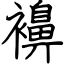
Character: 襣